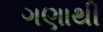
ગણાથી